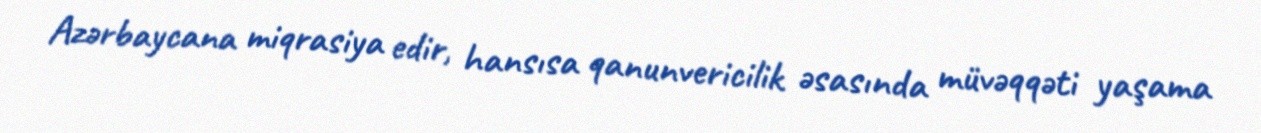
Azərbaycana miqrasiya edir, hansısa qanunvericilik əsasında müvəqqəti yaşama